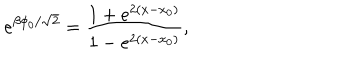
e ^ { \beta \phi _ { 0 } / \sqrt { 2 } } = \frac { 1 + e ^ { 2 ( x - x _ { 0 } ) } } { 1 - e ^ { 2 ( x - x _ { 0 } ) } } ,